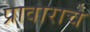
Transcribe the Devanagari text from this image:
प्रावाराचे